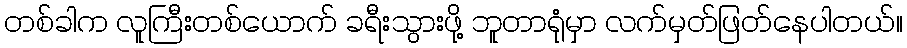
တစ်ခါက လူကြီးတစ်ယောက် ခရီးသွားဖို့ ဘူတာရုံမှာ လက်မှတ်ဖြတ်နေပါတယ်။